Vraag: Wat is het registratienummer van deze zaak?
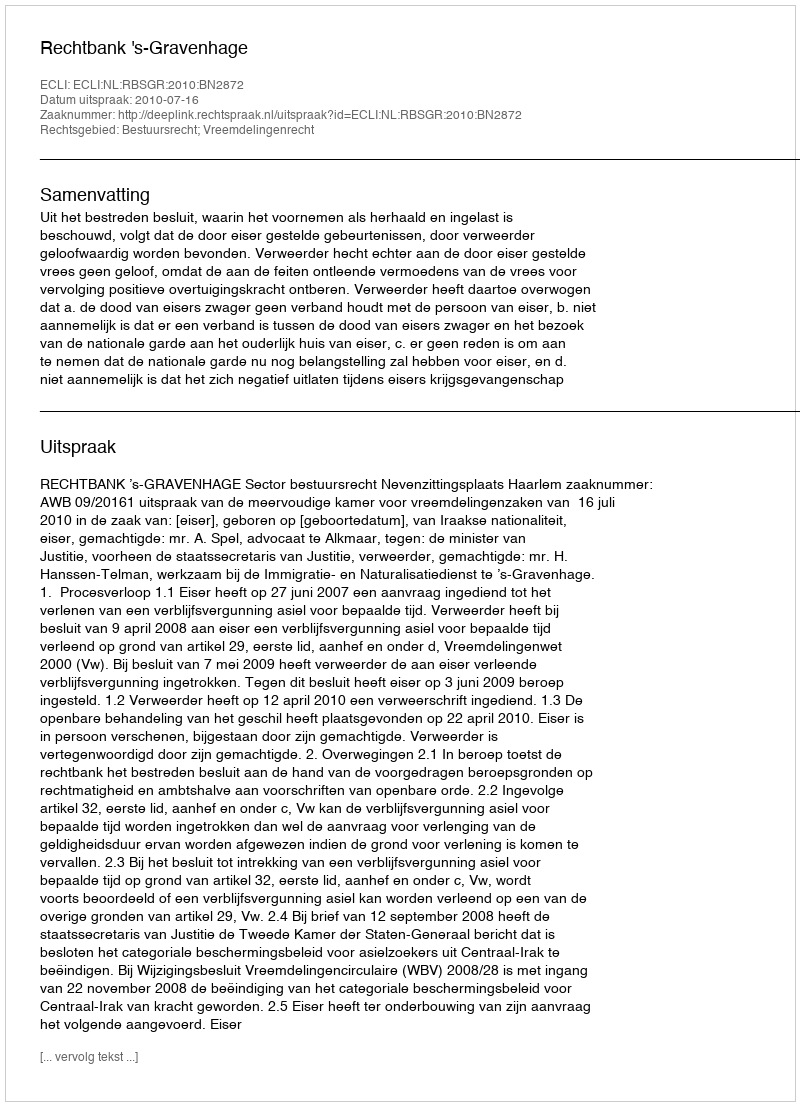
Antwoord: http://deeplink.rechtspraak.nl/uitspraak?id=ECLI:NL:RBSGR:2010:BN2872